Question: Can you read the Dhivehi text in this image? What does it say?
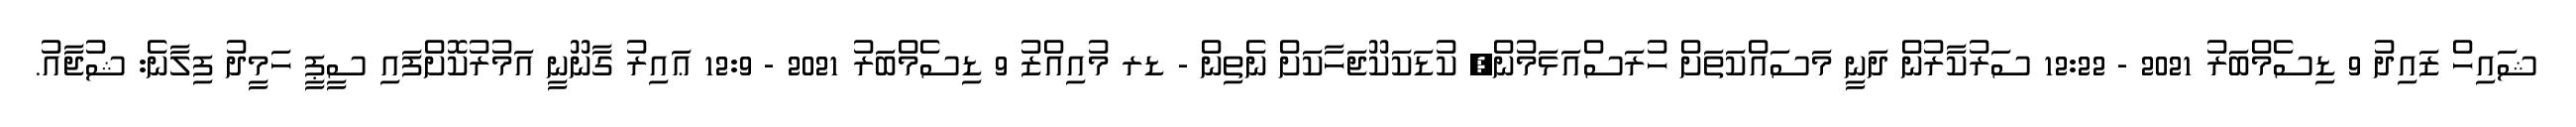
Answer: ޝައިހް ޒައިދު 9 ޑިސެމްބަރު 2021 - 12:22 ސަރުކާރުން ދަނީ މަސައްކަތަށް ހުރަސްއަޅަމުން; ކުޑަކަކޫޖަހާކަށް ނެތިން - ޑރ މުއިއްޒު 9 ޑިސެމްބަރު 2021 - 12:9 ޢައިރު ގާނޫނީ އަމުރުކޮށްފައި ސީޕީ ހަމީދު ފިލާނެ: ޝުޖާއު.